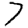
Digit: 7